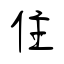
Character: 住